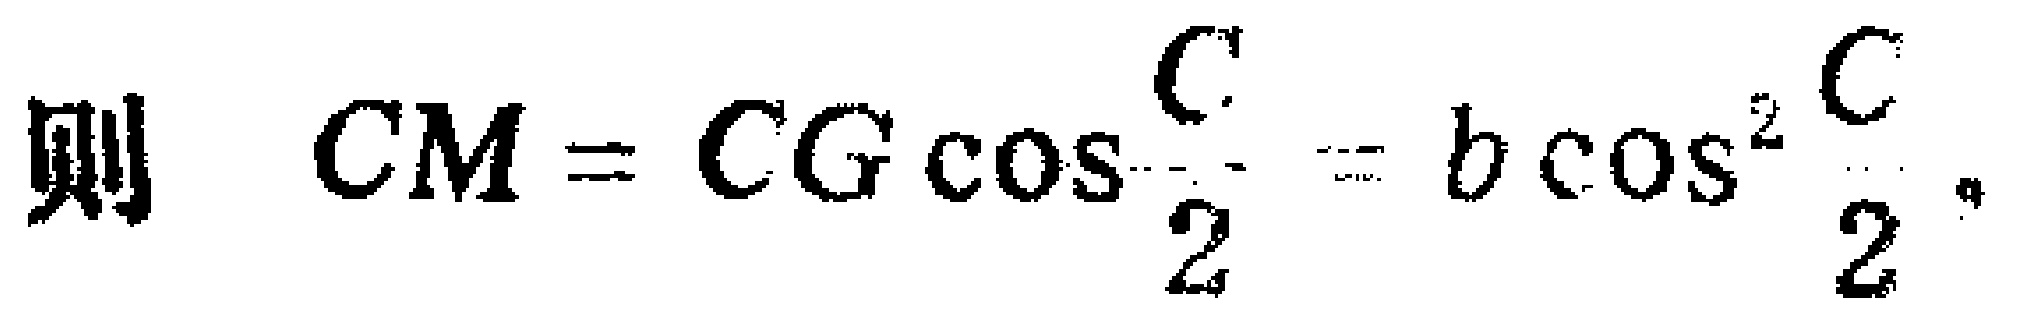
则 \(CM = CG\cos\frac{C}{2}=b\cos^{2}\frac{C}{2}\)。